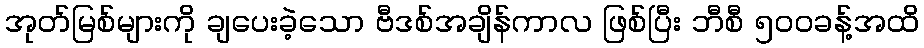
အုတ်မြစ်များကို ချပေးခဲ့သော ဗီဒစ်အချိန်ကာလ ဖြစ်ပြီး ဘီစီ ၅၀၀ခန့်အထိ